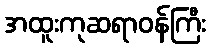
အထူးကုဆရာဝန်ကြီး